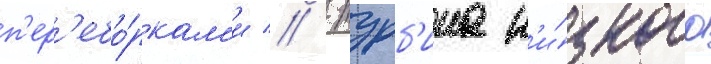
п'ер'ебо́ркам'и // -турб'ина н'и́зкого